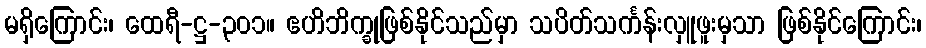
မရှိကြောင်း၊ ထေရီ-ဋ္ဌ-၃၀၁။ ဧဟိဘိက္ခုဖြစ်နိုင်သည်မှာ သပိတ်သင်္ကန်းလှူဖူးမှသာ ဖြစ်နိုင်ကြောင်း၊